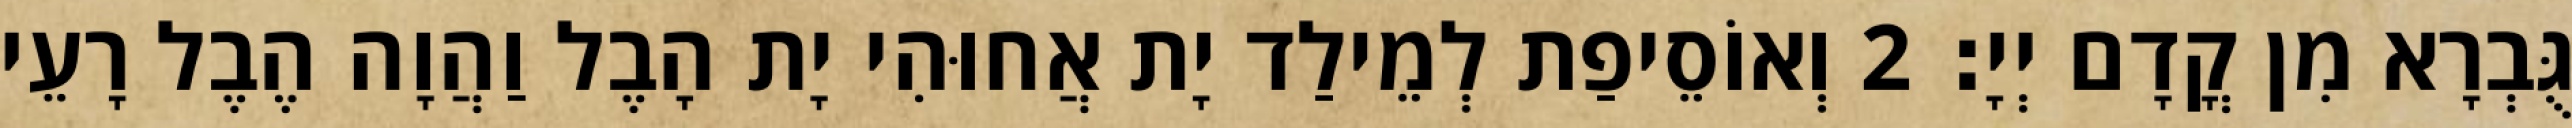
גֻּבְרָא מִן קֳדָם יְיָ׃ 2 וְאוֹסֵיפַת לְמֵילַד יָת אֲחוּהִי יָת הָבֶל וַהֲוָה הֶבֶל רָעֵי